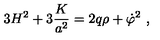
3 H ^ { 2 } + 3 { \frac { K } { a ^ { 2 } } } = 2 q \rho + \dot { \varphi } ^ { 2 } \ ,